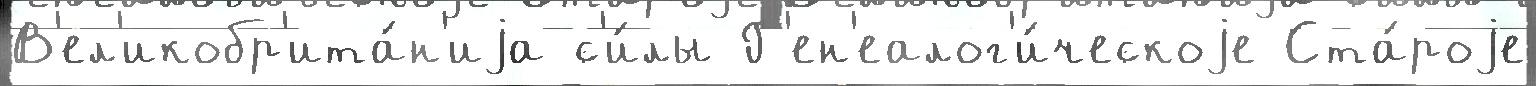
В'ел'икобр'ита́н'иjа с'и́лы Г'ен'еалог'и́ческоjе Ста́роjе